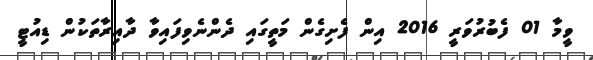
ވީމާ 01 ފެބުރުވަރީ 2016 އިން ފެށިގެން މަތީގައި ދެންނެވިފައިވާ ދާއިރާތަކުން ޑިއުޓީ